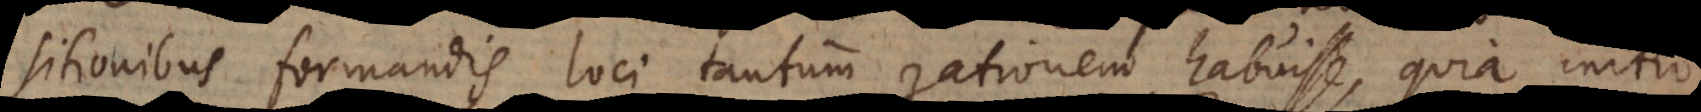
sitionibus formandis loci tantum rationem habuisse, quia initio